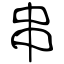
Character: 串